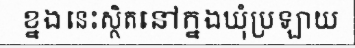
ខ្នងនេះស្ថិតនៅក្នងឃុំប្រឡាយ